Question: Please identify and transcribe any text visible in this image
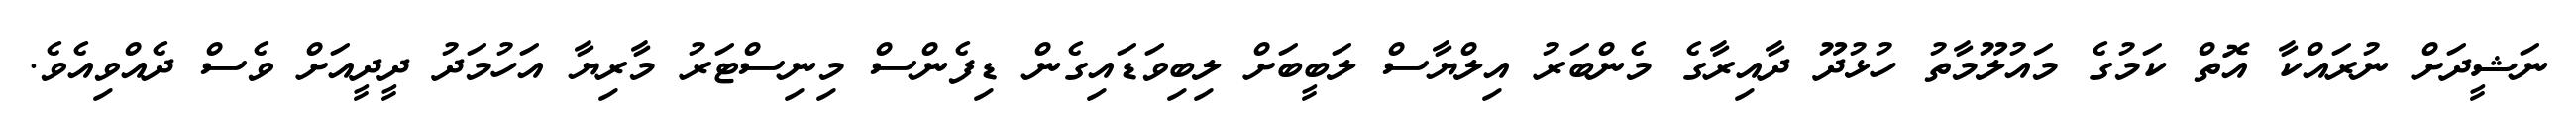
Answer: ނަޝީދަށް ނުރައްކާ އޮތް ކަމުގެ މައުލޫމާތު ހުޅުދޫ ދާއިރާގެ މެންބަރު އިލްޔާސް ލަބީބަށް ލިބިވަޑައިގެން ޑިފެންސް މިނިސްޓަރު މާރިޔާ އަހުމަދު ދީދީއަށް ވެސް ދެއްވިއެވެ.